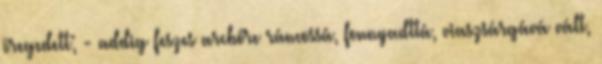
öre­ge­dett; - addig feszes arcbőre ráncossá, fonnyadttá, viasz­sárgává vált,